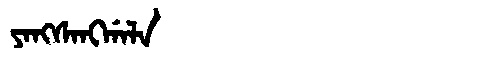
Manchu: ᠶᠠᠩᠰᠠᠩᡤᠠᠯᠠ
Romanization: YANGSANGGALA